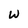
Character: W